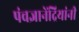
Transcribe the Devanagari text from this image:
पंचज्ञानेंद्रियांनी